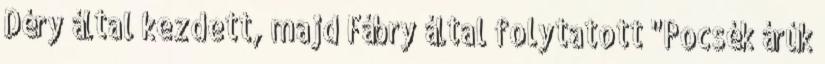
Déry által kezdett, majd Fábry által folytatott "Pocsék árúk